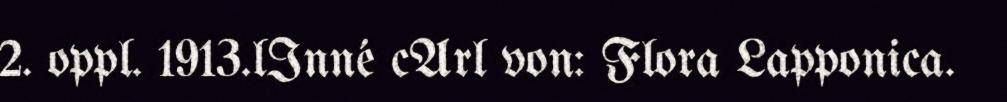
2. oppl. 1913.lInné cArl von: Flora Lapponica.